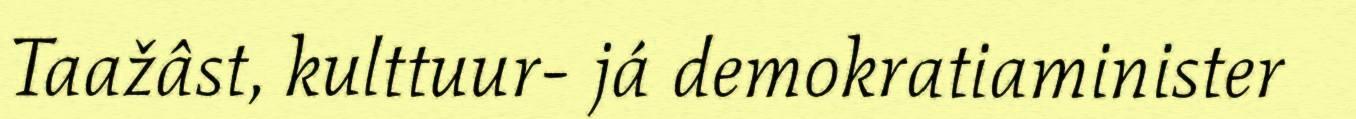
Taažâst, kulttuur- já demokratiaminister